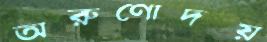
অরুণোদয়